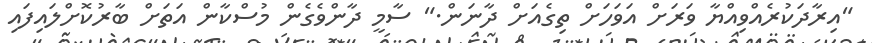
"އިރާދަކުރެއްވިއްޔާ ވަރަށް އަވަހަށް ތިގެއަށް ދާނަން." ސާމީ ދާންވެގެން މުސްކާން އަތަށް ބާރުކޮށްލައިފައި